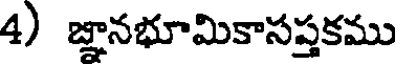
4) జ్ఞానభూమికాసప్తకము